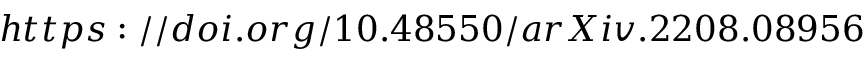
{ h t t p s : / / d o i . o r g / 1 0 . 4 8 5 5 0 / a r X i v . 2 2 0 8 . 0 8 9 5 6 }